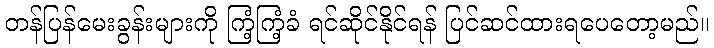
တန်ပြန်မေးခွန်းများကို ကြံ့ကြံ့ခံ ရင်ဆိုင်နိုင်ရန် ပြင်ဆင်ထားရပေတော့မည်။